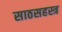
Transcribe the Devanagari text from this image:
साठसहस्त्र